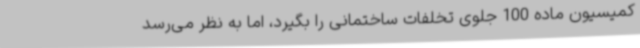
کمیسیون ماده 100 جلوی تخلفات ساختمانی را بگیرد، اما به نظر می‌رسد